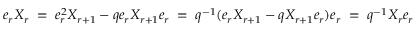
e _ { r } X _ { r } \; = \; e _ { r } ^ { 2 } X _ { r + 1 } - q e _ { r } X _ { r + 1 } e _ { r } \; = \; q ^ { - 1 } ( e _ { r } X _ { r + 1 } - q X _ { r + 1 } e _ { r } ) e _ { r } \; = \; q ^ { - 1 } X _ { r } e _ { r }